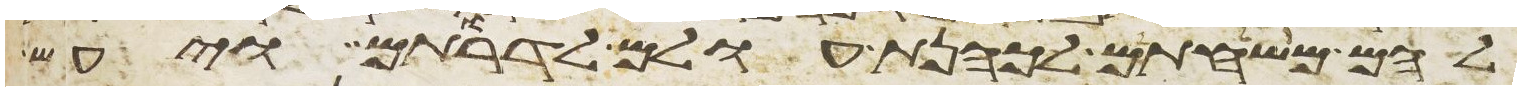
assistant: להם משחתם לכהנת עולם לדרותם ויעש